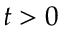
t > 0